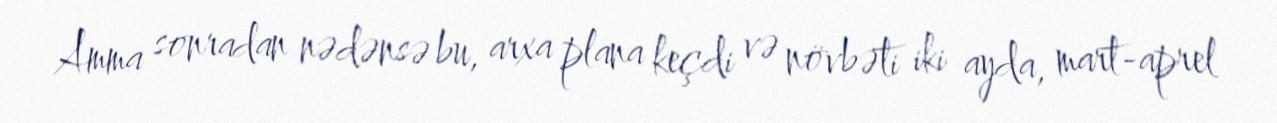
Amma sonradan nədənsə bu, arxa plana keçdi və növbəti iki ayda, mart-aprel